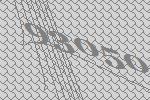
93050